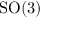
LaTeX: { \mathrm { S O } } ( 3 )